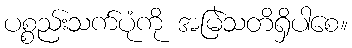
ပစ္စည်းသက်ပုံကို အမြဲသတိရှိပါစေ။